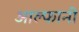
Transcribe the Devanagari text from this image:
आल्फानी